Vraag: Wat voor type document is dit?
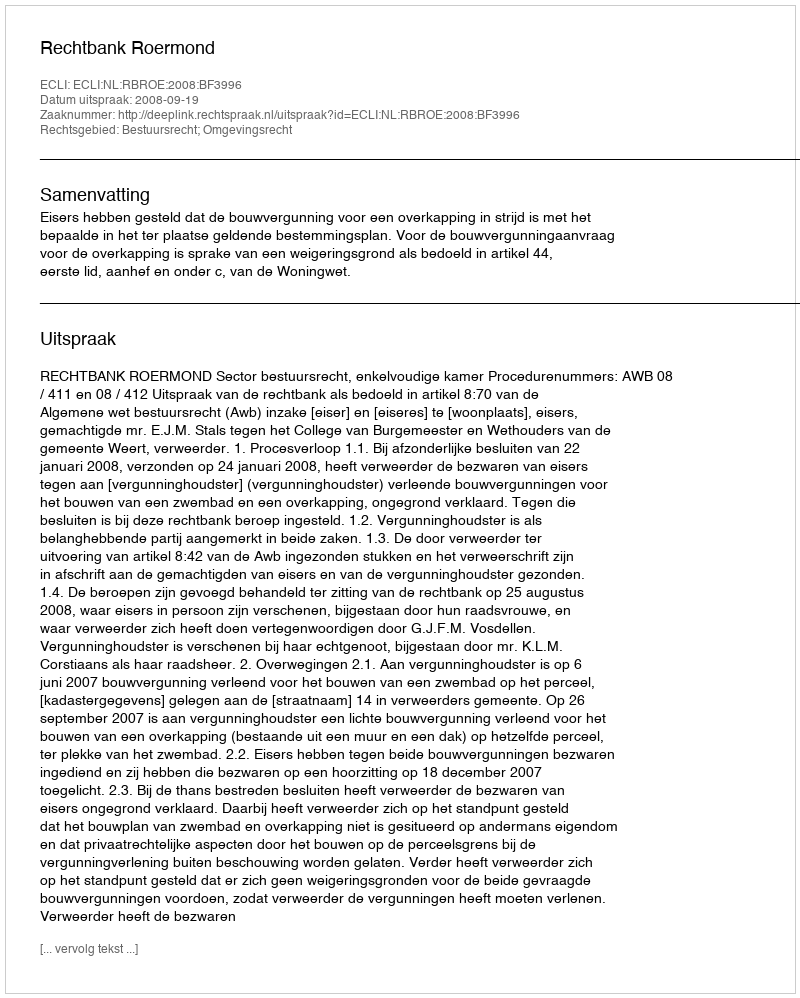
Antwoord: Uitspraak